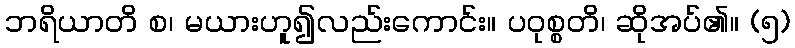
ဘရိယာတိ စ၊ မယားဟူ၍လည်းကောင်း။ ပဝုစ္စတိ၊ ဆိုအပ်၏။ (၅)